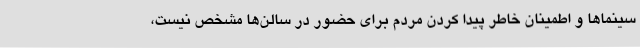
سینماها و اطمینان خاطر پیدا کردن مردم برای حضور در سالن‌ها مشخص نیست،